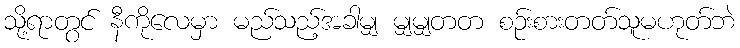
သို့ရာတွင် နီကိုလေမှာ မည်သည့်အခါမျှ မျှမျှတတ စဉ်းစားတတ်သူမဟုတ်ဘဲ